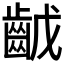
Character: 𪗥